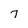
Character: 7